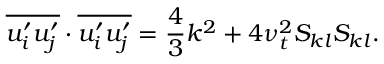
\overline { { u _ { i } ^ { \prime } u _ { j } ^ { \prime } } } \cdot \overline { { u _ { i } ^ { \prime } u _ { j } ^ { \prime } } } = \frac { 4 } { 3 } k ^ { 2 } + 4 \nu _ { t } ^ { 2 } S _ { k l } S _ { k l } .